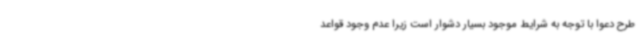
طرح دعوا با توجه به شرایط موجود بسیار دشوار است زیرا عدم وجود قواعد